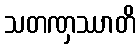
သတဏှဿာတိ